Report of the Imperial Institute of Veterinary Research, Muktesar
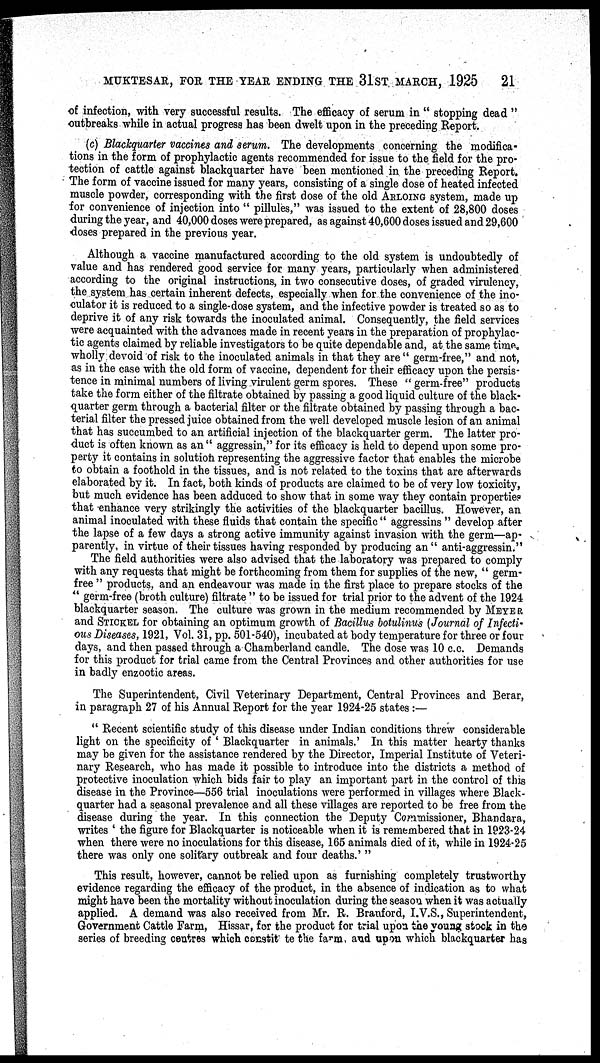
MUKTESAR, FOR THE YEAR ENDING THE 31ST MARCH, 1925
21
of infection, with very successful results. The efficacy of serum in " stopping dead "
outbreaks while in actual progress has been dwelt upon in the preceding Report.
(c) Blackquarter vaccines and serum. The developments concerning the modifica-
tions in the form of prophylactic agents recommended for issue to the field for the pro-
tection of cattle against blackquarter have been mentioned in the preceding Report.
The form of vaccine issued for many years, consisting of a single dose of heated infected
muscle powder, corresponding with the first dose of the old ARLOING system, made up
for convenience of injection into " pillules," was issued to the extent of 28,800 doses
during the year, and 40,000 doses were prepared, as against 40,600 doses issued and 29,600
doses prepared in the previous year.
Although a vaccine manufactured according to the old system is undoubtedly of
value and has rendered good service for many years, particularly when administered
according to the original instructions, in two consecutive doses, of graded virulency,
the system has certain inherent defects, especially when for the convenience of the ino-
culator it is reduced to a single-dose system, and the infective powder is treated so as to
deprive it of any risk towards the inoculated animal. Consequently, the field services
were acquainted with the advances made in recent years in the preparation of prophylac-
tic agents claimed by reliable investigators to be quite dependable and, at the same time.
wholly devoid of risk to the inoculated animals in that they are" germ-free," and not,
as in the case with the old form of vaccine, dependent for their efficacy upon the persis-
tence in minimal numbers of living virulent germ spores. These " germ-free" products
take the form either of the filtrate obtained by passing a good liquid culture of the black-
quarter germ through a bacterial filter or the filtrate obtained by passing through a bac-
terial filter the pressed juice obtained from the well developed muscle lesion of an animal
that has succumbed to an artificial injection of the blackquarter germ. The latter pro-
duct is often known as an " aggressin," for its efficacy is held to depend upon some pro-
perty it contains in solution representing the aggressive factor that enables the microbe
to obtain a foothold in the tissues, and is not related to the toxins that are afterwards
elaborated by it. In fact, both kinds of products are claimed to be of very low toxicity,
but much evidence has been adduced to show that in some way they contain properties
that enhance very strikingly the activities of the blackquarter bacillus. However, an
animal inoculated with these fluids that contain the specific " aggressins " develop after
the lapse of a few days a strong active immunity against invasion with the germ—ap-
parently, in virtue of their tissues having responded by producing an" anti-aggressin."
The field authorities were also advised that the laboratory was prepared to comply
with any requests that might be forthcoming from them for supplies of the new, " germ-
free " products, and an endeavour was made in the first place to prepare stocks of the
" germ-free (broth culture) filtrate " to be issued for trial prior to the advent of the 1924
blackquarter season. The culture was grown in the medium recommended by MEYER
and STICKEL for obtaining an optimum growth of Bacillus botulinus (Journal of Infecti¬
ous Diseases, 1921, Vol. 31, pp. 501-540), incubated at body temperature for three or four
days, and then passed through a Chamberland candle. The dose was 10 c.c. Demands
for this product for trial came from the Central Provinces and other authorities for use
in badly enzootic areas.
The Superintendent, Civil Veterinary Department, Central Provinces and Berar,
in paragraph 27 of his Annual Report for the year 1924-25 states :—
" Recent scientific study of this disease under Indian conditions threw considerable
light on the specificity of ' Blackquarter in animals.' In this matter hearty thanks
may be given for the assistance rendered by the Director, Imperial Institute of Veteri-
nary Research, who has made it possible to introduce into the districts a method of
protective inoculation which bids fair to play an important part in the control of this
disease in the Province—556 trial inoculations were performed in villages where Black-
quarter had a seasonal prevalence and all these villages are reported to be free from the
disease during the year. In this connection the Deputy Commissioner, Bhandara,
writes ' the figure for Blackquarter is noticeable when it is remembered that in 1923-24
when there were no inoculations for this disease, 165 animals died of it, while in 1924-25
there was only one solitary outbreak and four deaths.' "
This result, however, cannot be relied upon as furnishing completely trustworthy
evidence regarding the efficacy of the product, in the absence of indication as to what
might have been the mortality without inoculation during the season when it was actually
applied. A demand was also received from Mr. R. Branford, I.V.S., Superintendent,
Government Cattle Farm, Hissar, for the product for trial upon the young stock in the
series of breeding centres which constitute the farm and upon which blackquarter has